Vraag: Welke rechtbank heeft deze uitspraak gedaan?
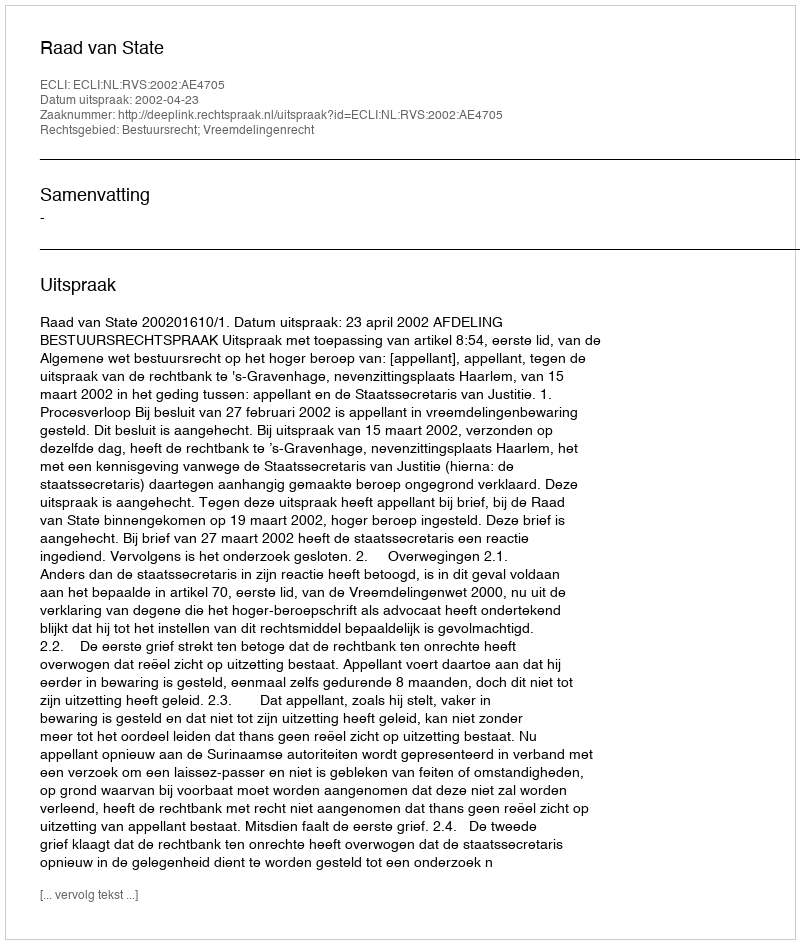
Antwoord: Raad van State